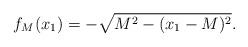
LaTeX: \begin{align*}f_M(x_1)=-\sqrt{M^2-(x_1-M)^2}.\end{align*}